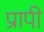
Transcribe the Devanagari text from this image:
प्रापी